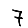
Digit: 7